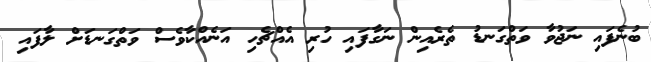
ބުނެފައި ނަޖުވާ ވަތްގަނޑު ތެރެއިން ނަގާފައި ހުރި އެއްޗެހި އަނެއްކާވެސް ވަތްގަނޑަށް ލާފައި